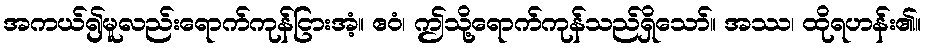
အကယ်၍မူလည်းရောက်ကုန်ငြားအံ့။ ဧဝံ၊ ဤသို့ရောက်ကုန်သည်ရှိသော်။ အဿ၊ ထိုရဟန်း၏။